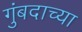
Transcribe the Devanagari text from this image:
गुंबदाच्या